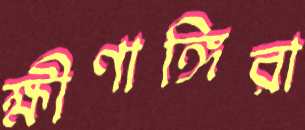
ক্ষীণাঙ্গিরা